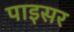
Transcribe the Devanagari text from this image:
पाइसर